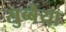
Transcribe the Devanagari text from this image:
सुब्बैया